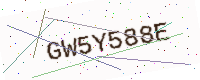
Text: GW5Y588E